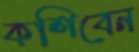
কশিবেন